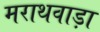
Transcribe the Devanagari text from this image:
मराथवाड़ा